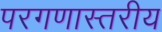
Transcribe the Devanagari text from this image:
परगणास्तरीय